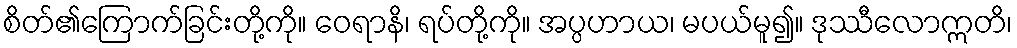
စိတ်၏ကြောက်ခြင်းတို့ကို။ ဝေရာနိ၊ ရပ်တို့ကို။ အပ္ပဟာယ၊ မပယ်မူ၍။ ဒုဿီလောဣတိ၊